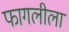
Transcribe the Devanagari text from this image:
फागलीला